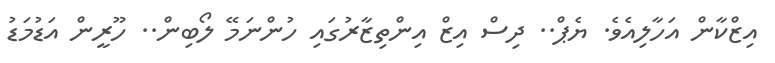
އިޒްކާން އަހާލިއެވެ. ޔެޕް.. ދިސް އިޒް އިންތިޒާރުގައި ހުންނަމޭ ލޯބިން.. ހޫރީން އަޑުމަޑު